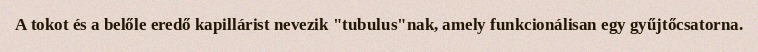
A tokot és a belőle eredő kapillárist nevezik "tubulus"nak, amely funkcionálisan egy gyűjtőcsatorna.